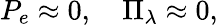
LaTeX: P_{e}\approx 0,\quad\Pi_{\lambda}\approx 0,